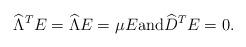
LaTeX: \begin{align*}\widehat {\Lambda}^T E= \widehat { \Lambda} E=\mu E \hbox{and} \widehat D^TE=0.\end{align*}